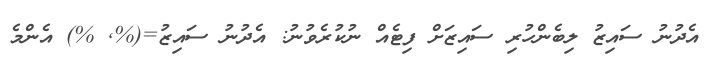
އެދުނު ސައިޒު ލިބެންހުރި ސައިޒަށް ފިޓެއް ނުކުރެވުނު: އެދުނު ސައިޒު=(%